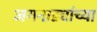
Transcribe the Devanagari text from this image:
जगनाड्यांच्या